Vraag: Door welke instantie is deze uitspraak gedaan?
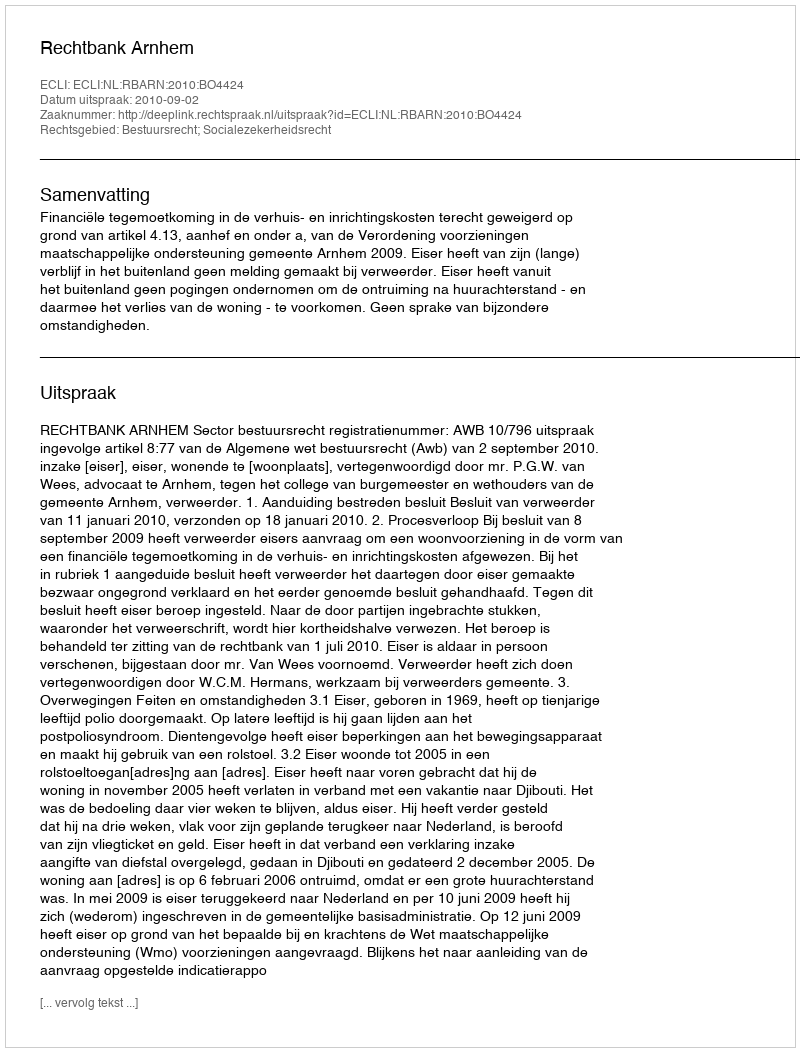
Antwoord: Rechtbank Arnhem